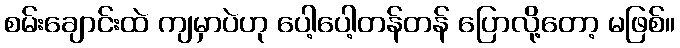
စမ်းချောင်းထဲ ကျမှာပဲဟု ပေါ့ပေါ့တန်တန် ပြောလို့တော့ မဖြစ်။